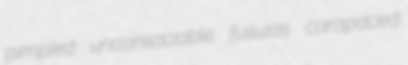
pimpled unconsociable fusulas carapaced